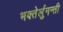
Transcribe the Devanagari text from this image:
भक्तेर्लुनन्ती